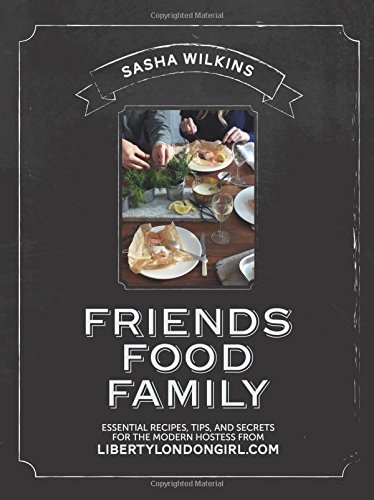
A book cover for Friends Food Family: Essential Recipes, Tips and Secrets for the Modern Hostess, from Liberty London Girl; Sasha Wilkins; Cookbooks, Food & Wine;